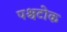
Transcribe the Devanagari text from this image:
पश्चटोक